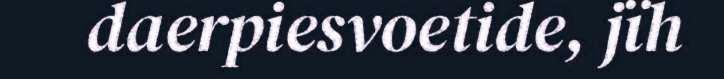
daerpiesvoetide, jïh